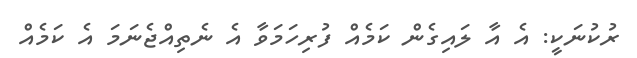
ރުކުނަކީ: އެ އާ ލައިގެން ކަމެއް ފުރިހަމަވާ އެ ނެތިއްޖެނަމަ އެ ކަމެއް